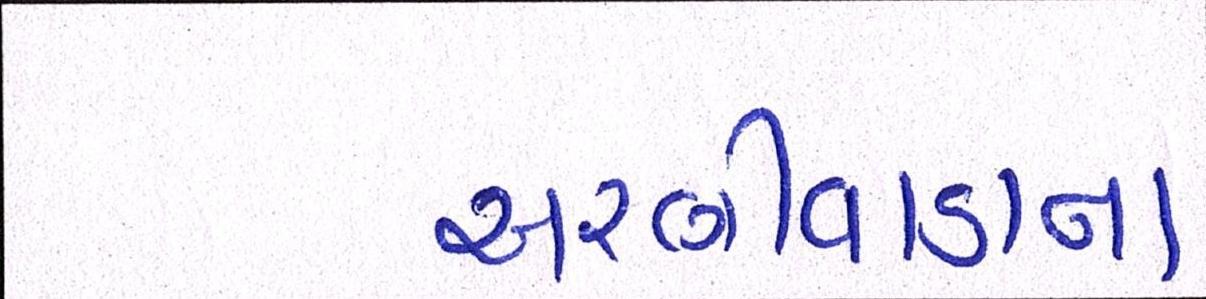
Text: અરણીવાડાના